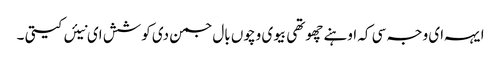
ایہہ ای وجہ سی کہ اوہنے چھوتھی بیوی وچوں بال جمن دی کوشش ای نیئں کیتی ۔